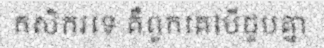
កសិករទេ គឺពួកគេបើជួបគ្នា